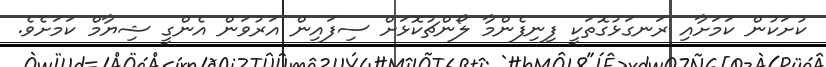
ކުށަކުން ކަމަށާއި ރަނގަޅުގޮތަކީ ފިނިފެންމާ ލޯންޗުކޮޅަށް ސިފައިން އަރުވަން އެންގީ ޝިޔާމް ކަމަށެވެ.